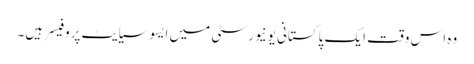
وہ اس وقت ایک پاکستانی یونیورسٹی میں ایسوسیایٹ پروفیسر ہیں۔